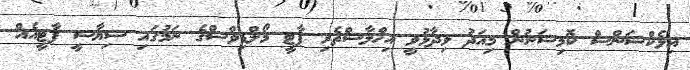
އިލެކްޝަންސް ކޮމިޝަނުން މިއަދު ވިދާޅުވީ އިޚްލާސްތެރި ޕާޓީ މޯލްޑިވްސްގެ ނަމުގައި ސިޔާސީ ޕާޓީއެއް